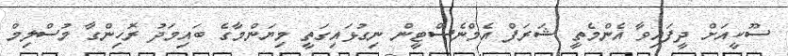
ސޫކީއަށް ދީފައިވާ އެންމެތީ ޝަރަފް އެމްނެސްޓީން ނިގުޅައިގަތީ މިޔަންމާގެ ބައިމަދު ރޮހިންގާ މުސްލިމް